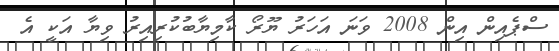
ސްޕެއިން އިން 2008 ވަނަ އަހަރު ޔޫރޯ ކާމިޔާބުކުރިއިރު ވިޔާ އަކީ އެ